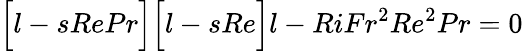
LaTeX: \Big[l-sRePr\Big]\Big[l-sRe\Big]l-RiFr^{2}Re^{2}Pr=0